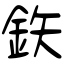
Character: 鉃